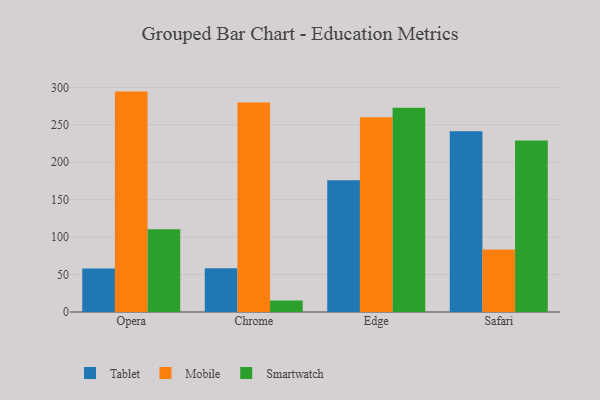
{"axis": {"x": "Browser", "y": "Budget (USD K)"}, "legend": ["Mobile", "Smartwatch", "Tablet"], "data": [{"x": "Opera", "y": 58.0, "type": "Tablet"}, {"x": "Opera", "y": 294.3, "type": "Mobile"}, {"x": "Opera", "y": 110.4, "type": "Smartwatch"}, {"x": "Chrome", "y": 58.5, "type": "Tablet"}, {"x": "Chrome", "y": 279.9, "type": "Mobile"}, {"x": "Chrome", "y": 15.4, "type": "Smartwatch"}, {"x": "Edge", "y": 175.8, "type": "Tablet"}, {"x": "Edge", "y": 259.9, "type": "Mobile"}, {"x": "Edge", "y": 272.9, "type": "Smartwatch"}, {"x": "Safari", "y": 241.4, "type": "Tablet"}, {"x": "Safari", "y": 83.6, "type": "Mobile"}, {"x": "Safari", "y": 229.1, "type": "Smartwatch"}]}